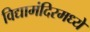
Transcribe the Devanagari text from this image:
विद्यामंदिरमध्ये